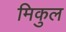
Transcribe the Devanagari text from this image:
मिकुल